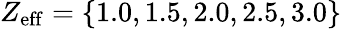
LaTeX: Z_{\mathrm{eff}}=\left\{ 1.0,1.5,2.0,2.5,3.0\right\}